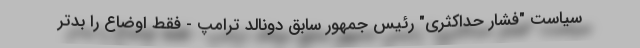
سیاست "فشار حداکثری" رئیس جمهور سابق دونالد ترامپ - فقط اوضاع را بدتر